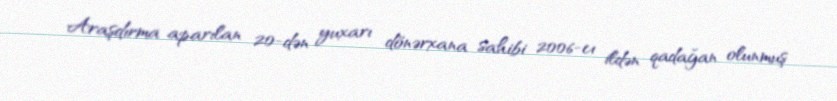
Araşdırma aparılan 20-dən yuxarı dönərxana sahibi 2006-cı ildən qadağan olunmuş